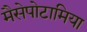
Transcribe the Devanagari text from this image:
मैसेपोटामिया